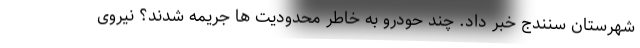
شهرستان سنندج خبر داد. چند حودرو به خاطر محدودیت ها جریمه شدند؟ نیروی